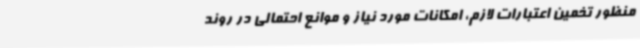
منظور تخمین اعتبارات لازم، امکانات مورد نیاز و موانع احتمالی در روند